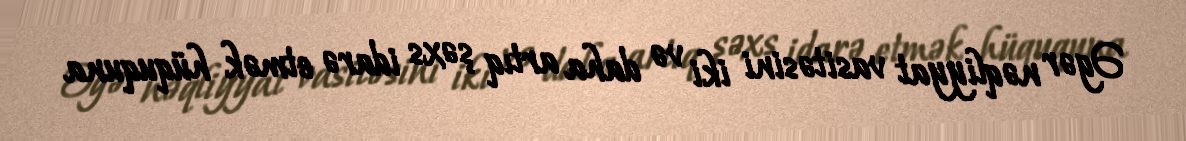
Əgər nəqliyyat vasitəsini iki və daha artıq şəxs idarə etmək hüququna